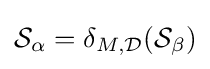
{\mathcal {S}}_{\alpha }=\delta _{M,{\mathcal {D}}}({\mathcal {S}}_{\beta })